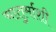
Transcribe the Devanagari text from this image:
चातुर्माशी